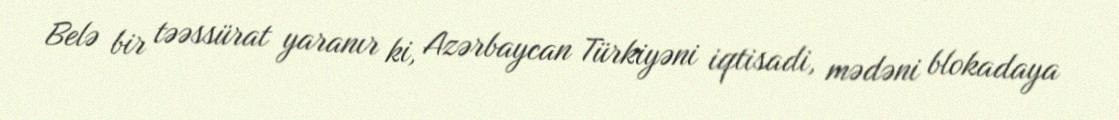
Belə bir təəssürat yaranır ki, Azərbaycan Türkiyəni iqtisadi, mədəni blokadaya